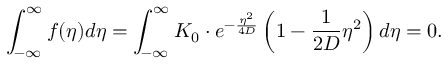
\int _ { - \infty } ^ { \infty } f ( \eta ) d \eta = \int _ { - \infty } ^ { \infty } K _ { 0 } \cdot e ^ { - \frac { \eta ^ { 2 } } { 4 D } } \left( 1 - \frac { 1 } { 2 D } \eta ^ { 2 } \right) d \eta = 0 .